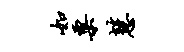
如粟慧